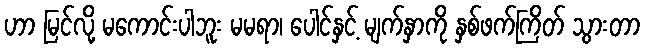
ဟာ မြင်လို့ မကောင်းပါဘူး မမရာ၊ ပေါင်နှင့် မျက်နှာကို နှစ်ဖက်ကြိတ် သွားတာ